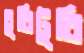
চুরিটুরি